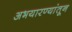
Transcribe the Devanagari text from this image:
अभयारण्यांतून